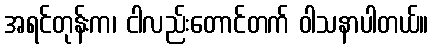
အရင်တုန်းက၊ ငါလည်းတောင်တက် ဝါသနာပါတယ်။